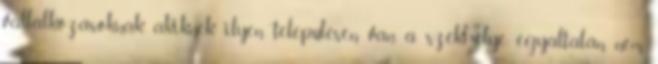
vállalkozásoknak, akiknek ilyen településen van a székhelye, egyáltalán nem